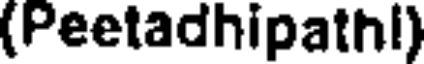
(Peetadhipathl)